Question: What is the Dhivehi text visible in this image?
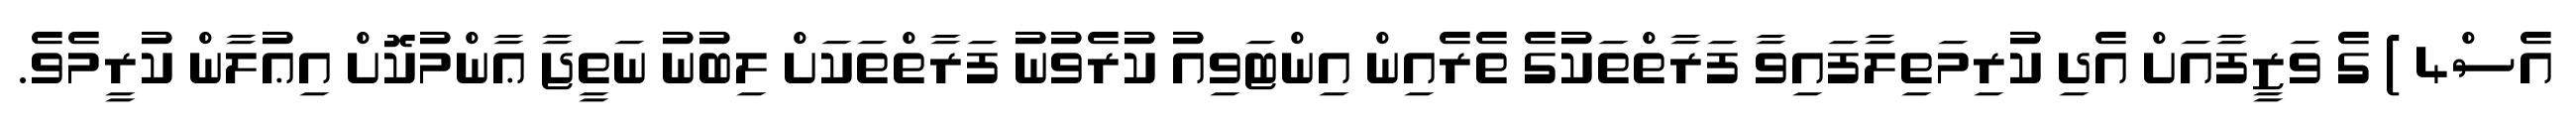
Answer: އެސް4 ) ގެ ވަޒީފާއަށް އެދި ކުރިމަތިލާފައިވާ ފަރާތްތަކުގެ ތެރެއިން އިންޓަވިއު ކުރެވުނު ފަރާތްތަކަށް ލިބުނު ނަތީޖާ ޢާންމުކޮށް އިޢުލާން ކުރީމެވެ.